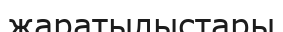
жаратылыстары